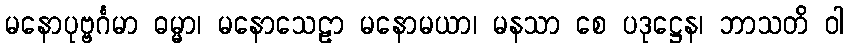
မနောပုဗ္ဗင်္ဂမာ ဓမ္မာ၊ မနောသေဠာ မနောမယာ၊ မနသာ စေ ပဒုဋ္ဌေန၊ ဘာသတိ ဝါ